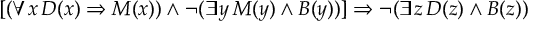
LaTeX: [ ( \forall x \, D ( x ) \Rightarrow M ( x ) ) \land \neg ( \exists y \, M ( y ) \land B ( y ) ) ] \Rightarrow \neg ( \exists z \, D ( z ) \land B ( z ) )